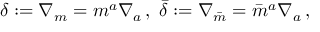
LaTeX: \delta : = \nabla _ { \boldsymbol { m } } = m ^ { a } \nabla _ { a } \, , \; { \bar { \delta } } : = \nabla _ { \boldsymbol { \bar { m } } } = { \bar { m } } ^ { a } \nabla _ { a } \, ,